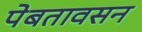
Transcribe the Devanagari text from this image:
पेबतावसन